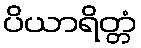
ပိယာရိတ္တံ